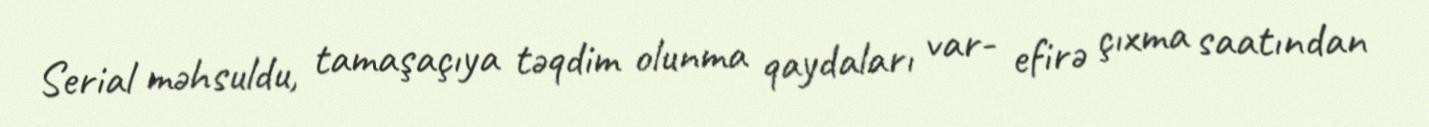
Serial məhsuldu, tamaşaçıya təqdim olunma qaydaları var- efirə çıxma saatından